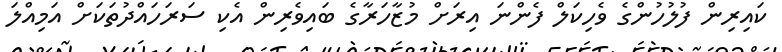
ކައިރިން ފުލުހުންގެ ވެހިކަލް ފެންނަ އިރަށް މުޒާހަރާގެ ބައިވެރިން އެކި ސަރަހައްދުތަކަށް އަމިއްލަ